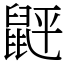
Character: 䶄